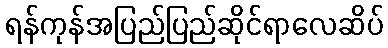
ရန်ကုန်အပြည်ပြည်ဆိုင်ရာလေဆိပ်